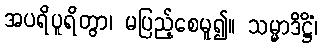
အပရိပူရိတွာ၊ မပြည့်စေမူ၍။ သမ္မာဒိဋ္ဌိံ၊